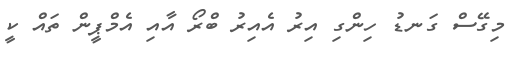
މިގޭސް ގަނޑު ހިންގި އިރު އެއިރު ބްރޯ އާއި އެމްޕީން ތައް ކީ